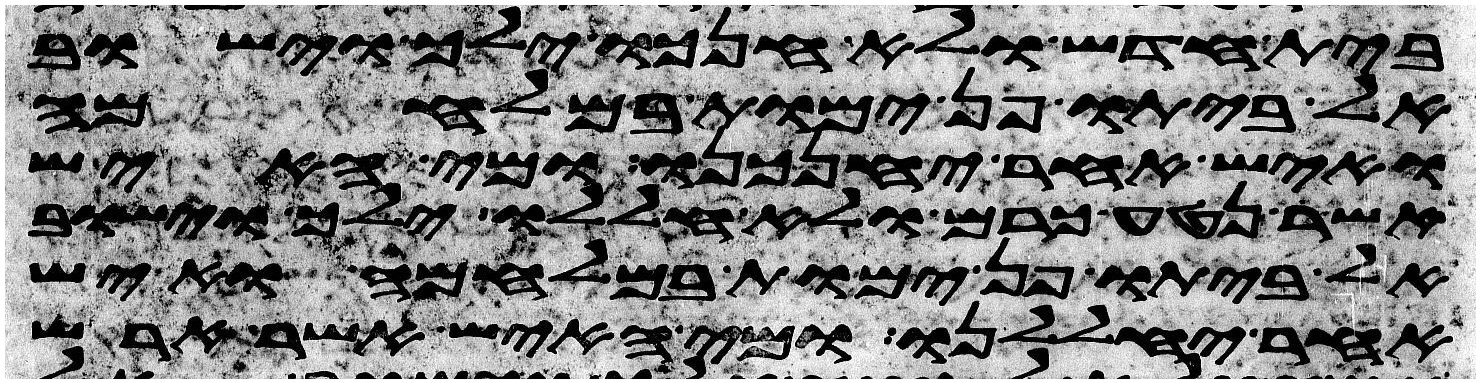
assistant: בית חדש ולא חנכו ילך וישוב
לביתו פן ימות במלחמה
ואיש אחר יחנכנו ומי האיש
אשר נטע כרם ולא חללו ילך וישוב
לביתו פן ימות במלחמה ואיש
אחר יחללנו ומי האיש אשר ארש